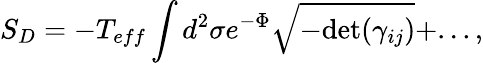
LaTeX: S_{D}=-T_{eff}\int d^{2}\sigma e^{-\Phi}\sqrt{-\mathrm{det}(\gamma_{ij})}+...,